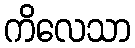
ကိလေသာ